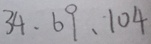
3 4 、 6 9 、 1 0 4